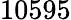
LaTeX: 10595